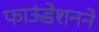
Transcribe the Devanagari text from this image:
फाऊंडेशनने